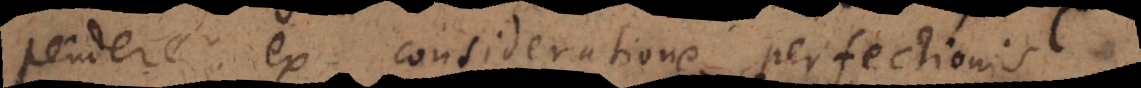
pendere ex consideratione perfectionis